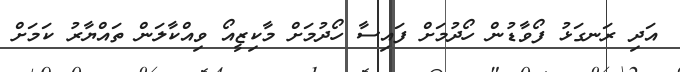
އަދި ރަނގަޅު ފޯވާޑުން ހޯދުމަށް ފައިސާ ހޯދުމަށް މާކިޒީއޯ ވިއްކާލަން ތައްޔާރު ކަމަށް